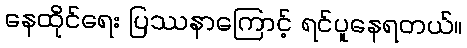
နေထိုင်ရေး ပြဿနာကြောင့် ရင်ပူနေရတယ်။